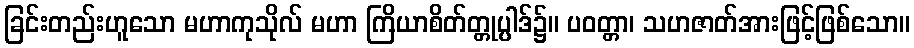
ခြင်းတည်းဟူသော မဟာကုသိုလ် မဟာ ကြိယာစိတ်တ္တုပ္ပါဒ်၌။ ပဝတ္တာ၊ သဟဇာတ်အားဖြင့်ဖြစ်သော။